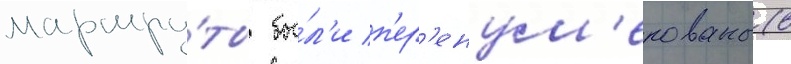
маршру́ты бы́л'и п'ер'енум'ерованы (в